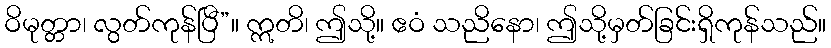
ဝိမုတ္တာ၊ လွတ်ကုန်ပြီ”။ ဣတိ၊ ဤသို့။ ဧဝံ သညိနော၊ ဤသို့မှတ်ခြင်းရှိကုန်သည်။